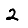
Digit: 2